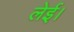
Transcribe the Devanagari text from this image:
लेई।